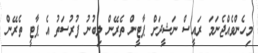
މިހެންވެއްޖެނަމަ ރައީސް ނަޝީދަށް ޕާޓީން ތެރޭން ލިބުނު ފުރުސަތު އެ ޕާޓީ ތެރޭން